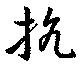
抗